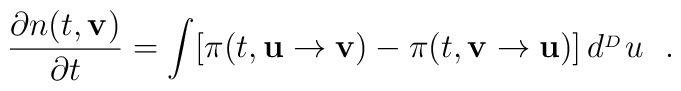
\frac{\partial n(t,{\bf v})}{\partial t}=\int [\pi(t,{\bf u}\rightarrow {\bf v})-\pi(t,{\bf v} \rightarrow {\bf u})] \, d^{_{^D}} u \ \ .